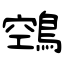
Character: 鵼